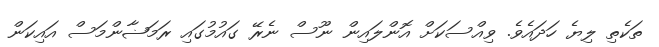
ތަކެތި ލިޔެ ހަދައެވެ. ވިއްސަކަށް އޮންލައިން ނޫސް ނެރޭ ގައުމުގައި ރަމަޟާންމަސް އައިކަން